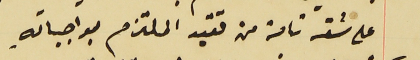
على ثقه تامة من تقيد الملتزم بواجباته.